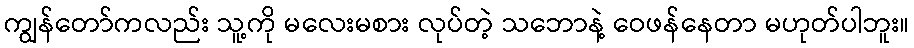
ကျွန်တော်ကလည်း သူ့ကို မလေးမစား လုပ်တဲ့ သဘောနဲ့ ဝေဖန်နေတာ မဟုတ်ပါဘူး။